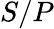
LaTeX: S/{P}